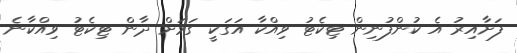
ފަށާއިރު އެ ކުންފުނިން ޓިކެޓު ވިއްކާ އަގަކީ ގަމަށް ދާން ޓިކެޓު ވިއްކާނެ